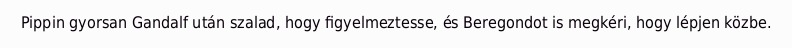
Pippin gyorsan Gandalf után szalad, hogy figyelmeztesse, és Beregondot is megkéri, hogy lépjen közbe.